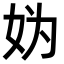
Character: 妫